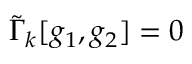
\tilde { \Gamma } _ { k } [ g _ { 1 } , g _ { 2 } ] = 0